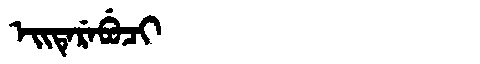
Manchu: ᡝᡳᡨᡝᡵᡝᠪᡠᠴᡳ
Romanization: EITEREBUCI